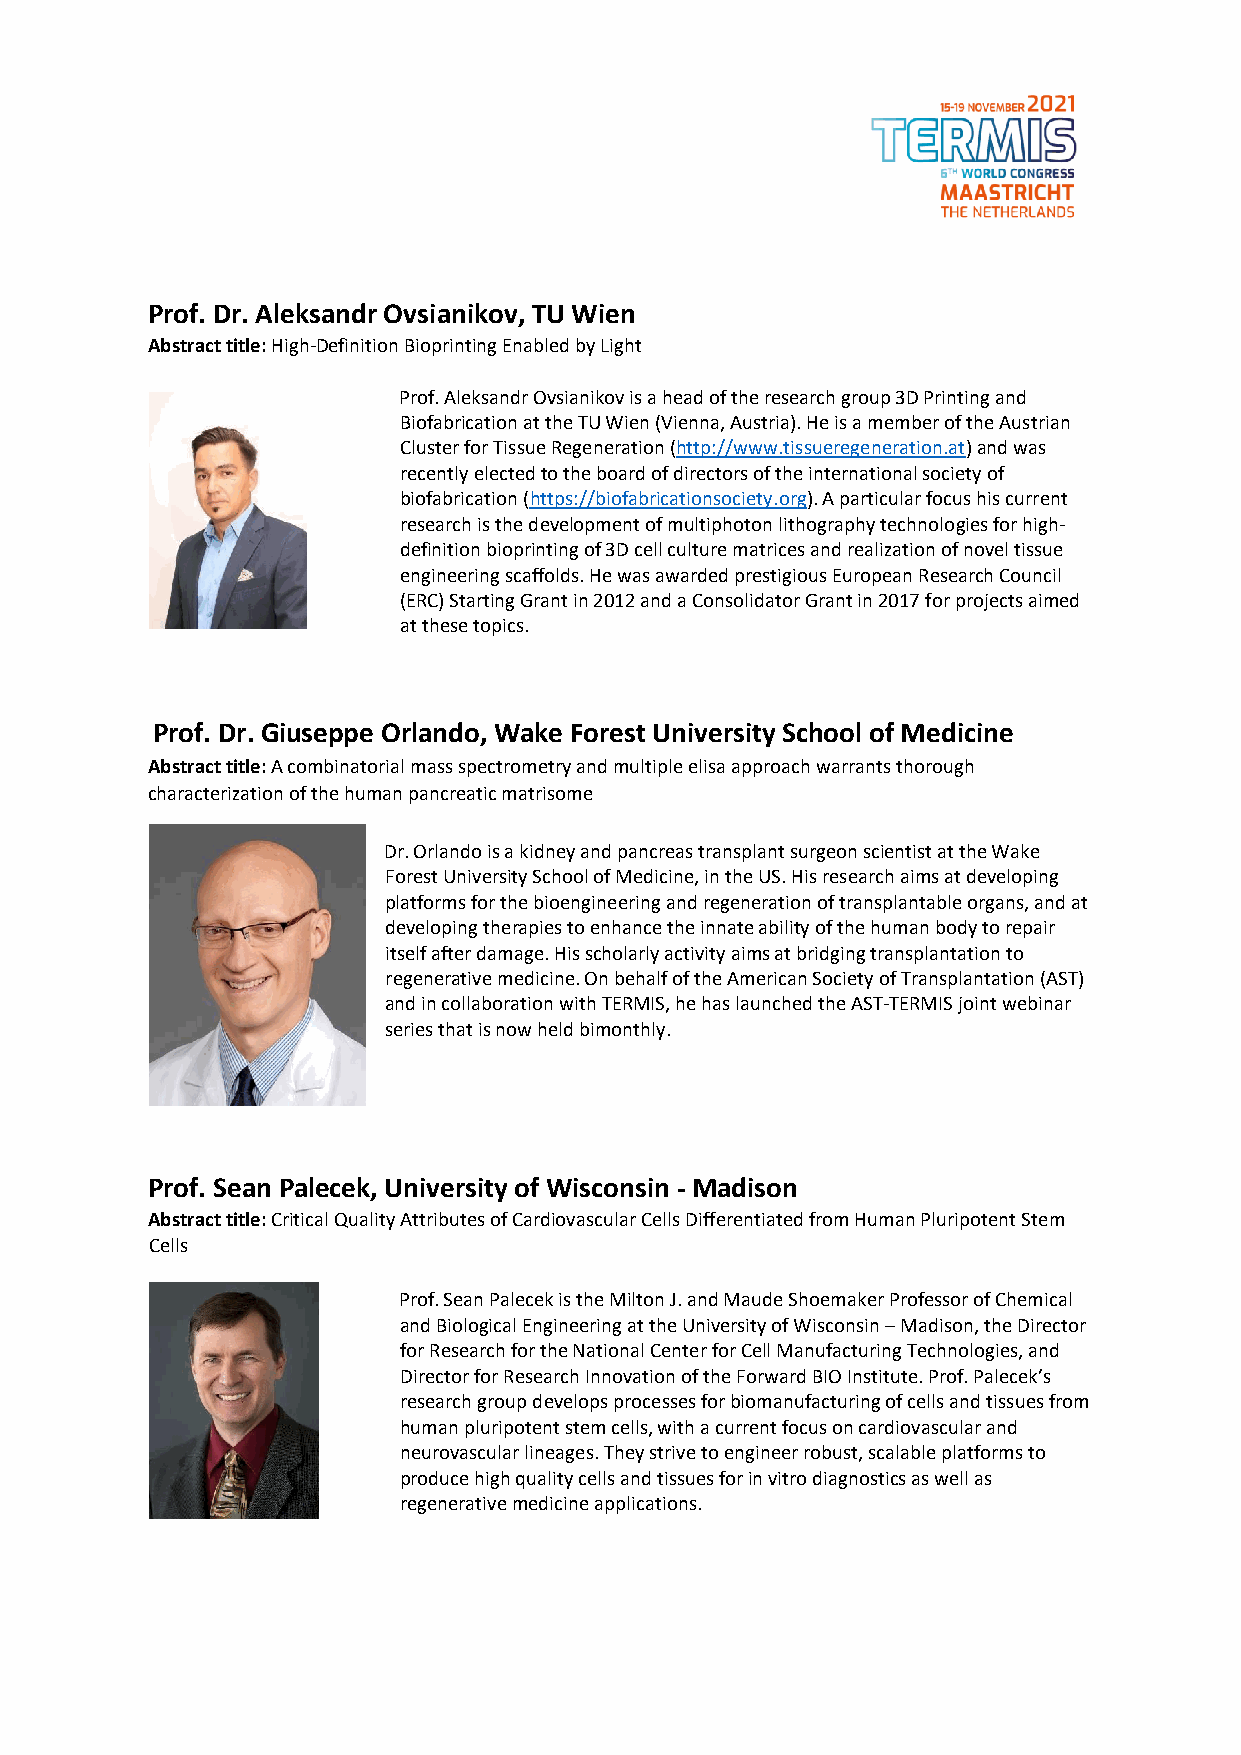
Prof. Dr. Aleksandr Ovsianikov, TU Wien
 Abstract title: High-Definition Bioprinting Enabled by Light
 Prof. Aleksandr Ovsianikov is a head of the research group 3D Printing and
 Biofabrication at the TU Wien (Vienna, Austria). He is a member of the Austrian
 Cluster for Tissue Regeneration (http://www.tissueregeneration.at) and was
 recently elected to the board of directors of the international society of
 biofabrication (https://biofabricationsociety.org). A particular focus his current
 research is the development of multiphoton lithography technologies for high-
 definition bioprinting of 3D cell culture matrices and realization of novel tissue
 engineering scaffolds. He was awarded prestigious European Research Council
 (ERC) Starting Grant in 2012 and a Consolidator Grant in 2017 for projects aimed
 at these topics.
 Prof. Dr. Giuseppe Orlando, Wake Forest University School of Medicine
 Abstract title: A combinatorial mass spectrometry and multiple elisa approach warrants thorough
 characterization of the human pancreatic matrisome
 Dr. Orlando is a kidney and pancreas transplant surgeon scientist at the Wake
 Forest University School of Medicine, in the US. His research aims at developing
 platforms for the bioengineering and regeneration of transplantable organs, and at
 developing therapies to enhance the innate ability of the human body to repair
 itself after damage. His scholarly activity aims at bridging transplantation to
 regenerative medicine. On behalf of the American Society of Transplantation (AST)
 and in collaboration with TERMIS, he has launched the AST-TERMIS joint webinar
 series that is now held bimonthly.
 Prof. Sean Palecek, University of Wisconsin - Madison
 Abstract title: Critical Quality Attributes of Cardiovascular Cells Differentiated from Human Pluripotent Stem
 Cells
 Prof. Sean Palecek is the Milton J. and Maude Shoemaker Professor of Chemical
 and Biological Engineering at the University of Wisconsin – Madison, the Director
 for Research for the National Center for Cell Manufacturing Technologies, and
 Director for Research Innovation of the Forward BIO Institute. Prof. Palecek’s
 research group develops processes for biomanufacturing of cells and tissues from
 human pluripotent stem cells, with a current focus on cardiovascular and
 neurovascular lineages. They strive to engineer robust, scalable platforms to
 produce high quality cells and tissues for in vitro diagnostics as well as
 regenerative medicine applications.